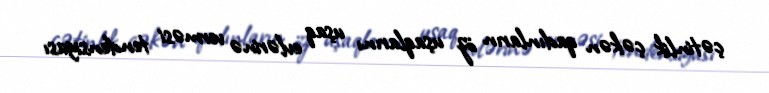
çətinlik çəkən qadınların öz uşaqlarını uşaq evlərinə verməsi tendensiyası